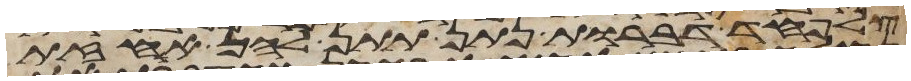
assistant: צלפחד דברות נתן תתן להן אחזת